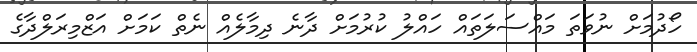
ހޯދުމަށް ނުވަތަ މައްސަލަތައް ހައްލު ކުރުމަށް ދާނެ ދިމާލެއް ނެތް ކަމަށް އަޒްމިރަލްދާގެ